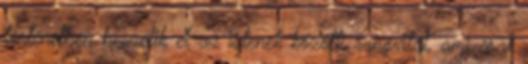
történetben beszélik el az istenek közötti rangvitát, ami csak